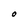
Character: O